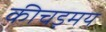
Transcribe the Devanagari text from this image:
कीचड़मय